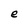
Character: e